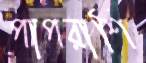
পাপরাশি